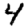
Digit: 4